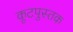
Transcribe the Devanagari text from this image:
कूटपुस्तक